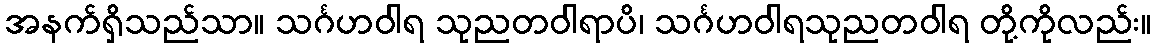
အနက်ရှိသည်သာ။ သင်္ဂဟဝါရ သုညတဝါရာပိ၊ သင်္ဂဟဝါရသုညတဝါရ တို့ကိုလည်း။